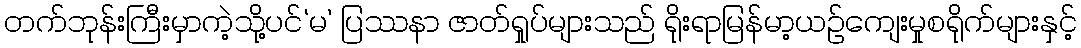
တက်ဘုန်းကြီးမှာကဲ့သို့ပင်‘မ’ ပြဿနာ ဇာတ်ရှုပ်များသည် ရိုးရာမြန်မာ့ယဉ်ကျေးမှုစရိုက်များနှင့်